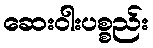
ဆေးဝါးပစ္စည်း